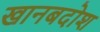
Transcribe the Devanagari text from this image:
खानबदोश